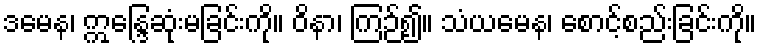
ဒမေန၊ ဣန္ဒြေဆုံးမခြင်းကို။ ဝိနာ၊ ကြဉ်၍။ သံယမေန၊ စောင့်စည်းခြင်းကို။